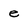
Character: e